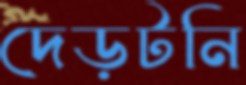
দেড়টনি